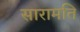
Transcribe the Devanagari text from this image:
सारामति